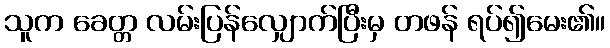
သူက ခေတ္တ လမ်းပြန်လျှောက်ပြီးမှ တဖန် ရပ်၍မေး၏။